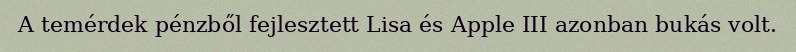
A temérdek pénzből fejlesztett Lisa és Apple III azonban bukás volt.